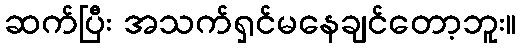
ဆက်ပြီး အသက်ရှင်မနေချင်တော့ဘူး။